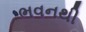
ભવનથી